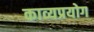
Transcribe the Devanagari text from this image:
काव्यप्रयोग